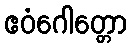
ဧဝံဂေါတ္တော